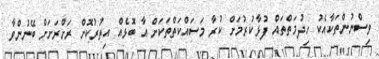
ވިސްނުންތަކާއެކު ހިދުމަތްތައް ފުޅާކުރުމަށް ކުރާ މަސައްކަތްތަކަށް އާ ބޮޅެއް އިތުރުކޮށް ރަށްރަށަށް ބޭނުންވާ